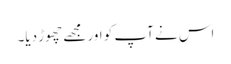
اس نے آپ کو اور مجھے چھوڑ دیا۔